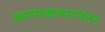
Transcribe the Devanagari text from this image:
कायाकल्पानंतर